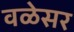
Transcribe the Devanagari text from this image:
वळेसर